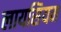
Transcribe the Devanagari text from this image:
लायसियम